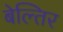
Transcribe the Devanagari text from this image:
बेल्तिर